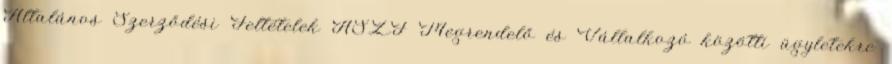
Általános Szerződési Feltételek ÁSZF Megrendelő és Vállalkozó közötti ügyletekre